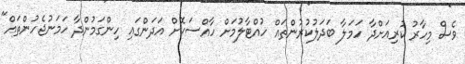
ވެސް މިހާރު ކުރިއަށްދާ ހަމަލާ ބަދަލުކުރުންތައް ހުއްޓާލުމަށް ހާއްސަކޮށް އަދަންގައި ހިންގަމުންދާ ހަމަނުޖެހުންތައް"